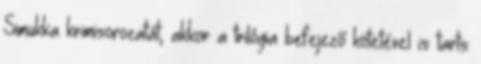
Simukka krimisorozatát, akkor a trilógia befejező kötetével is tarts